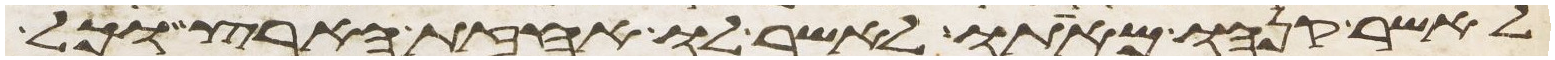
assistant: לאשר קנהו מאתו לאשר לו אחזת הארץ וכל